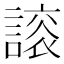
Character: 𧫀